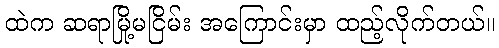
ထဲက ဆရာမြို့မငြိမ်း အကြောင်းမှာ ထည့်လိုက်တယ်။